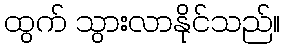
ထွက် သွားလာနိုင်သည်။